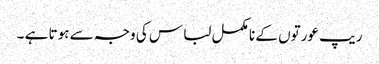
ریپ عورتوں کے نا مکمل لبا س کی وجہ سے ہوتا ہے ۔